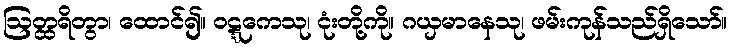
ဩတ္ထရိတွာ၊ ထောင်၍။ ဝဋ္ဋကေသု၊ ငုံးတို့ကို။ ဂယှမာနေသု၊ ဖမ်းကုန်သည်ရှိသော်။